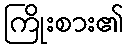
ကြိုးစား၏